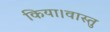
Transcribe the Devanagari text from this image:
किया।वास्तु